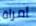
امراة